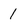
Character: 1